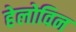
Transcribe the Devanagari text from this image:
हेलोविन